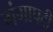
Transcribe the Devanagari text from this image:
गंगापदी